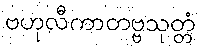
ဗဟုလီကာတဗ္ဗသုတ္တံ